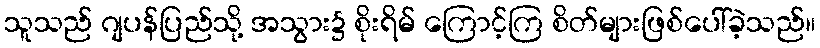
သူသည် ဂျပန်ပြည်သို့ အသွား၌ စိုးရိမ် ကြောင့်ကြ စိတ်များဖြစ်ပေါ်ခဲ့သည်။